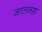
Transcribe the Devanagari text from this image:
जालन्स